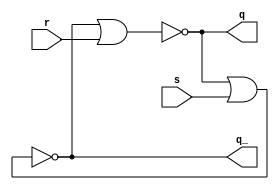
/* CSED273 lab5 experiment 2 */
/* lab5_2.v */

`timescale 1ns / 1ps

/* Implement srLatch */
module srLatch(
    input s, r,
    output q, q_
    );

    nor(q, q_, r);
    nor(q_, q, s);

endmodule

/* Implement master-slave JK flip-flop with srLatch module */
module lab5_2(
    input reset_n, j, k, clk,
    output q, q_
    );

    wire J1, K1, S1, R1, P, P_;
    assign K1 = q & k & clk;
    assign J1 = clk & j & q_;
    assign R1 = K1 | ~reset_n;
    assign S1 = J1 & reset_n;
    srLatch master(S1, R1, P, P_);
    
    wire S2, R2, Q, Q_;
    assign R2 = P_ & ~clk;
    assign S2 = P & ~clk;
    srLatch slave(S2, R2, Q, Q_);
    
    assign q = Q;
    assign q_ = Q_;
    
endmodule